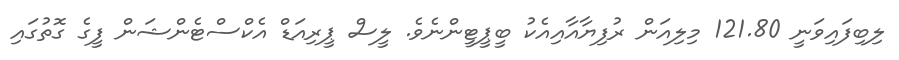
ލިބިފައިވަނީ 121.80 މިލިއަން ރުފިޔާއާއިއެކު ބީޕީޓީންނެވެ. ލީސް ޕީރިއަޑް އެކްސްޓެންޝަން ފީގެ ގޮތުގައި